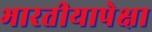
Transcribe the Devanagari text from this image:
भारतीयापेक्षा